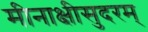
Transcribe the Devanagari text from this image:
मीनाक्षीसुदरम्